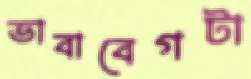
ভাবাবেগটা